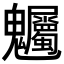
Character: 𮫫